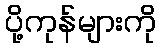
ပို့ကုန်များကို